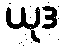
ယုဒ